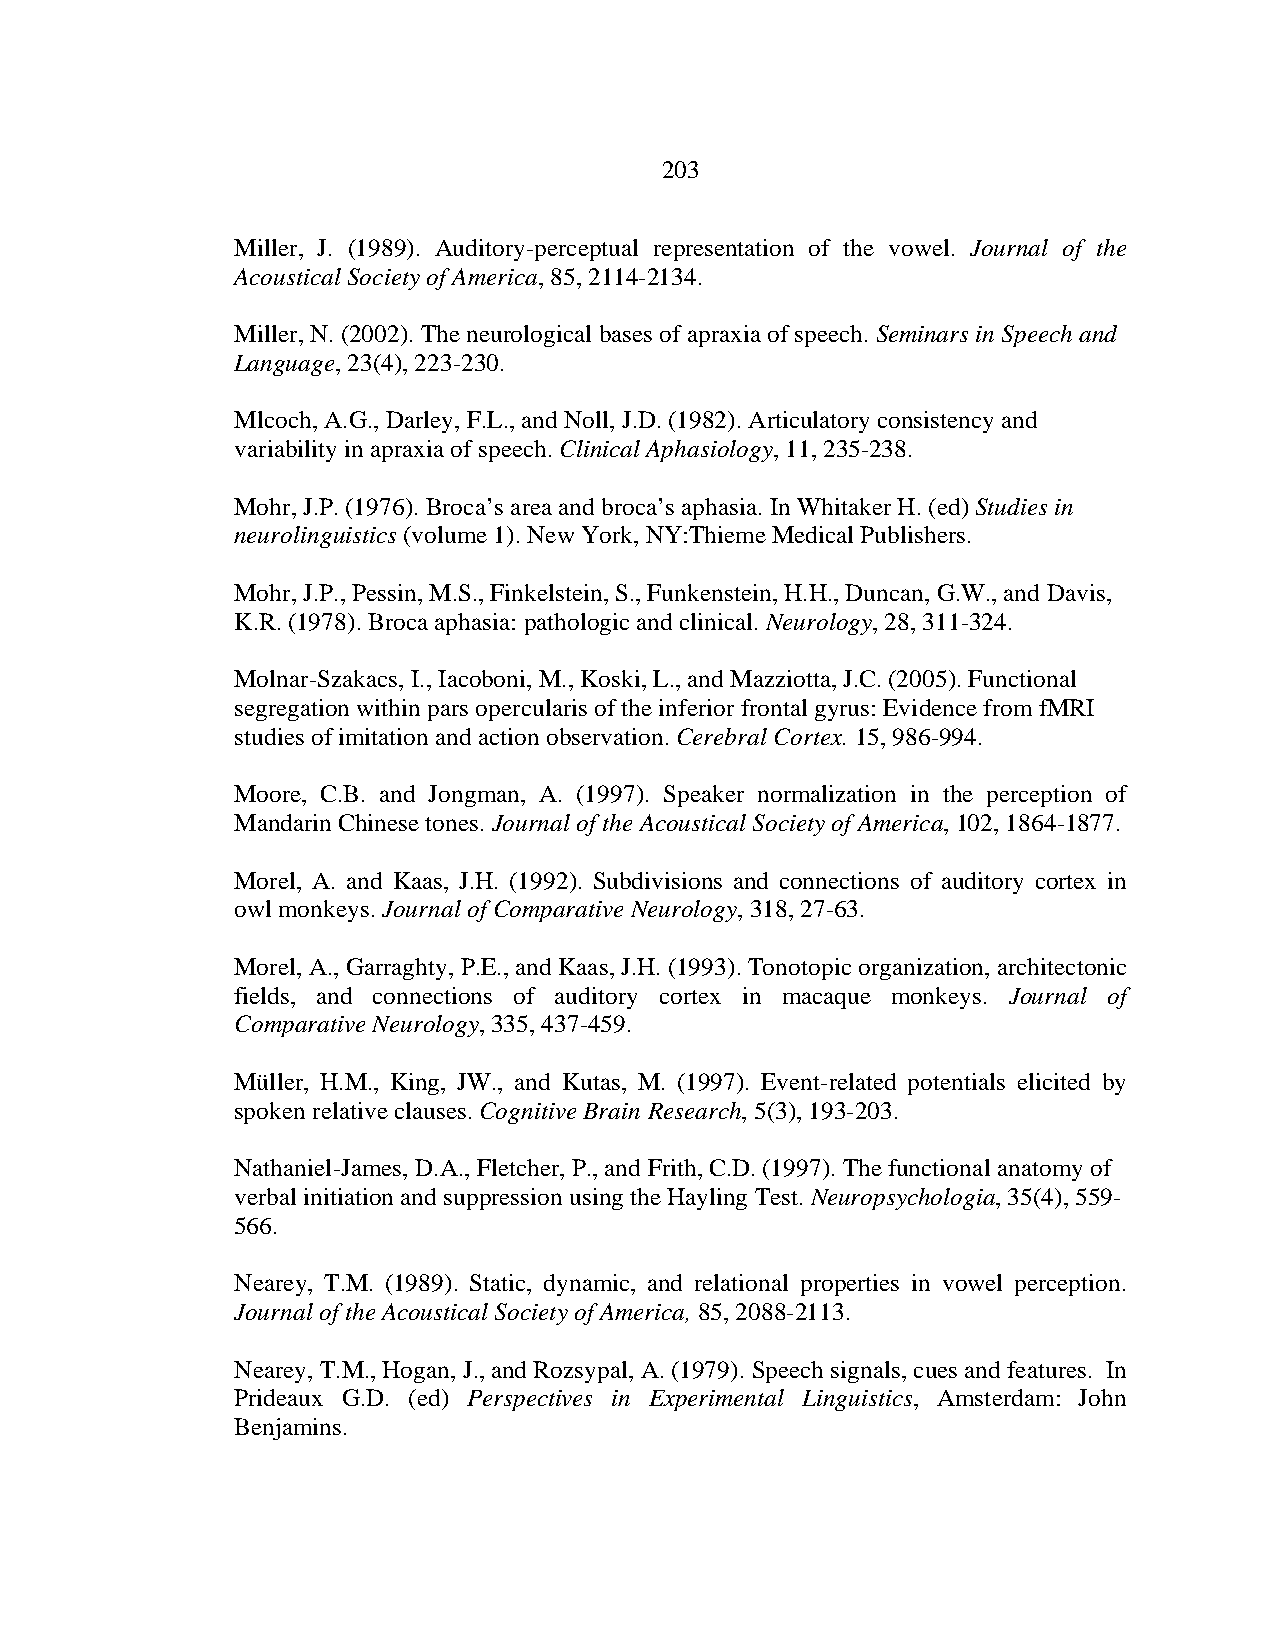
203
 Miller, J. (1989). Auditory-perceptual representation of the vowel. Journal of the
 Acoustical Society of America, 85, 2114-2134.
 Miller, N. (2002). The neurological bases of apraxia of speech. Seminars in Speech and
 Language, 23(4), 223-230.
 Mlcoch, A.G., Darley, F.L., and Noll, J.D. (1982). Articulatory consistency and
 variability in apraxia of speech. Clinical Aphasiology, 11, 235-238.
 Mohr, J.P. (1976). Broca’s area and broca’s aphasia. In Whitaker H. (ed) Studies in
 neurolinguistics (volume 1). New York, NY:Thieme Medical Publishers.
 Mohr, J.P., Pessin, M.S., Finkelstein, S., Funkenstein, H.H., Duncan, G.W., and Davis,
 K.R. (1978). Broca aphasia: pathologic and clinical. Neurology, 28, 311-324.
 Molnar-Szakacs, I., Iacoboni, M., Koski, L., and Mazziotta, J.C. (2005). Functional
 segregation within pars opercularis of the inferior frontal gyrus: Evidence from fMRI
 studies of imitation and action observation. Cerebral Cortex. 15, 986-994.
 Moore, C.B. and Jongman, A. (1997). Speaker normalization in the perception of
 Mandarin Chinese tones. Journal of the Acoustical Society of America, 102, 1864-1877.
 Morel, A. and Kaas, J.H. (1992). Subdivisions and connections of auditory cortex in
 owl monkeys. Journal of Comparative Neurology, 318, 27-63.
 Morel, A., Garraghty, P.E., and Kaas, J.H. (1993). Tonotopic organization, architectonic
 fields, and connections of auditory cortex in macaque monkeys. Journal of
 Comparative Neurology, 335, 437-459.
 Müller, H.M., King, JW., and Kutas, M. (1997). Event-related potentials elicited by
 spoken relative clauses. Cognitive Brain Research, 5(3), 193-203.
 Nathaniel-James, D.A., Fletcher, P., and Frith, C.D. (1997). The functional anatomy of
 verbal initiation and suppression using the Hayling Test. Neuropsychologia, 35(4), 559-
 566.
 Nearey, T.M. (1989). Static, dynamic, and relational properties in vowel perception.
 Journal of the Acoustical Society of America, 85, 2088-2113.
 Nearey, T.M., Hogan, J., and Rozsypal, A. (1979). Speech signals, cues and features. In
 Prideaux G.D. (ed) Perspectives in Experimental Linguistics, Amsterdam: John
 Benjamins.